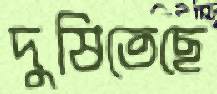
দুষিতেছে